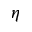
\eta